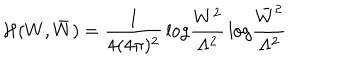
{ \cal H } ( W , \bar { W } ) = \frac { 1 } { 4 ( 4 \pi ) ^ { 2 } } \, \mathrm { l o g } \frac { W ^ { 2 } } { \Lambda ^ { 2 } } \, \mathrm { l o g } \frac { \bar { W } ^ { 2 } } { \Lambda ^ { 2 } } \,